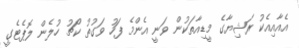
އެއާއިއެކު ރަޝިޔާގެ މީޑިއާތަކުން ވަނީ އެންމެ ފަހު ވަގުތު ކޯޗު ހުލެން ލޮޕެޓެގީ